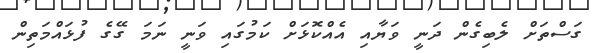
ގަސްތަށް ލެބިގެން ދަނީ ވަޔާއި އެއްކޮޅަށް ކަމުގައި ވަނީ ނަމަ ގޭގެ ފުޅައްމަތިން